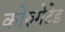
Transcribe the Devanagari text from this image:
कोरुगेटेड